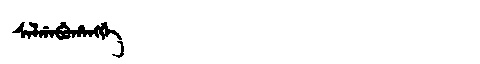
Manchu: ᠰᠠᠯᡤᠠᠪᡠᡥᠠᠩᡤᡝ
Romanization: SALGABUHANGGE